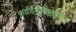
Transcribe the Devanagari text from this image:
कार्डियोवैस्कुलार